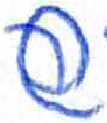
אות: ש